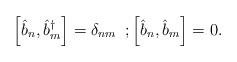
LaTeX: \begin{align*}\left[\hat{b}_n,\hat{b}^{\dag}_m\right]=\delta_{nm} \, \, \, ;\left[\hat{b}_n,\hat{b}_m\right]=0.\end{align*}